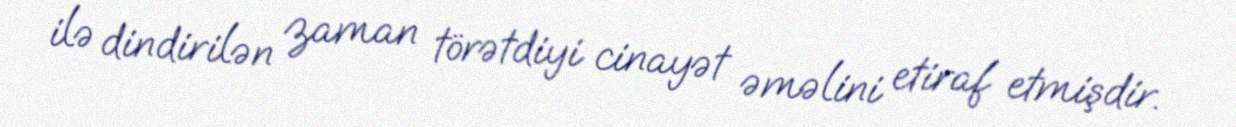
ilə dindirilən zaman törətdiyi cinayət əməlini etiraf etmişdir.